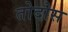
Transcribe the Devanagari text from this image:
तोदोस